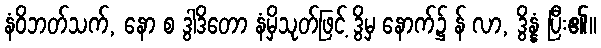
နံဝိဘတ်သက်, နော စ ဒွါဒိတော နံမှိသုတ်ဖြင့် ဒွိမှ နောက်၌ န် လာ, ဒွိန္နံ ပြီး၏။